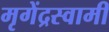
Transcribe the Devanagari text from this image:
मृगेंद्रस्वामी